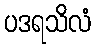
ပဒရသိလံ